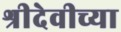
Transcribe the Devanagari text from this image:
श्रीदेवीच्या